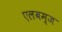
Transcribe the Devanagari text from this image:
एलबम्ज